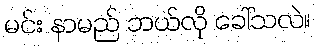
မင်း နာမည် ဘယ်လို ခေါ်သလဲ။